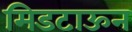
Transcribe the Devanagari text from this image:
मिडटाऊन